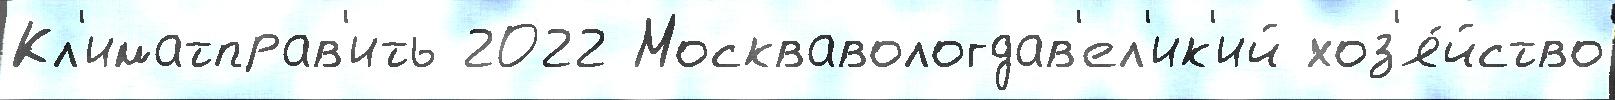
Кл'иматправ'ить 2022 Москвавологдав'ел'ик'ий хоз'я́йство